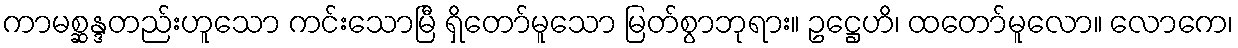
ကာမစ္ဆန္ဒတည်းဟူသော ကင်းသောမြီ ရှိတော်မူသော မြတ်စွာဘုရား။ ဥဋ္ဌေဟိ၊ ထတော်မူလော။ လောကေ၊